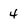
Character: 4